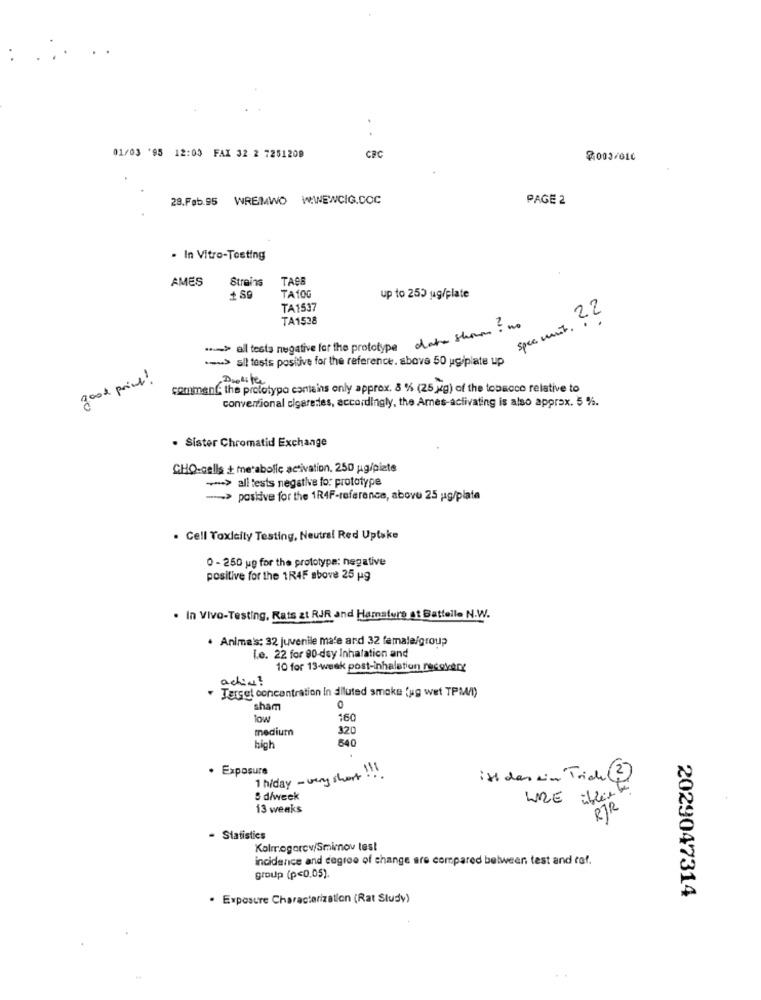
01/03 '95 12:03 FAX 32 2 7251209
CRC
☏003/016
28.Feb.95 WREMWO WWEWCIG.DOC
PAGE 2
. In Vitro-Testing
AMES
Strains
TAŞB
TA10G
up to 250 ug/plate
TA1537
TA1538
.> all tests negative for the prototype date shown ? no
.-- > all tests positive for the reference. above 50 ug/plate up
good price !
Deskifer
comment the prototypo contains only approx. 8 % (25 xg) of the tobacco relative to
conventional cigarettes, accordingly, the Ames-activating is also approx. 5 %.
. Sister Chromatid Exchange
CHO-cells + metabolic activation. 250 ug/pizte
>>> all tests negative for prototype
--- > postive for the 1R4F-reference, above 25 ug/plate
. Cell Toxicity Testing, Neutral Red Uptake
0 - 250 up for the prototype: negative
positive for the 1R4F above 25 pg
. In Vivo-Testing, Rats zt RJR and Hamaturs at Battelle N.W.
· Anima's: 32 juvenile ma'e and 32 female/group
Le. 22 for 90-day Inhalation and
10 for 13-weak post-inhalation recokare
active ?
" Target concentration in diluted smoke fug wet TPM/I)
sham
0
low
160
medium
320
640
high
. Exposure
1 h/day - very short !!!
ist das win Trich (3)
& d/week
WRE iller
13 weeks
RTR
- Statistics
Kolmogorov/Smimov test
incidence and degree of change are compared between test and caf.
group (p<0.05).
. Exposure Characterization (Rat Study)
2029047314